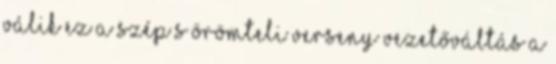
válik ez a szép s örömteli verseny Vezetőváltás a